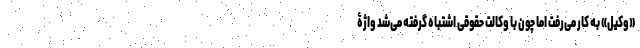
«وکیل» به کار می‌رفت اما چون با وکالت حقوقی اشتباه گرفته می‌شد واژۀ